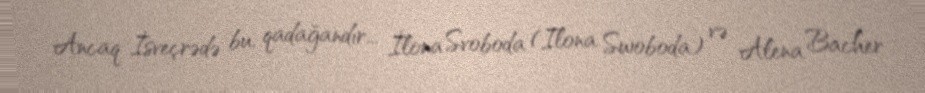
Ancaq İsveçrədə bu, qadağandır... İlona Svoboda (Ilona Swoboda) və Alena Bacher